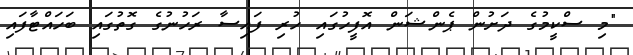
"މި ސްކީމުގެ ދަށުން ޕެންޝަން އޮފީހުގައި ހުރި ފައިސާ ރަހުނުގެ ގޮތުގައި ބަހައްޓާފައި